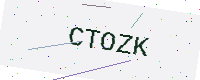
Text: CTOZK